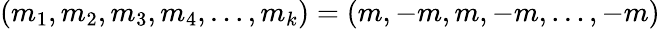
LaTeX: (m_{1},m_{2},m_{3},m_{4},\ldots,m_{k})=(m,-m,m,-m,\ldots,-m)